Lunatic asylums Madras 1877-1891 - 1877-1891
Year: 1877
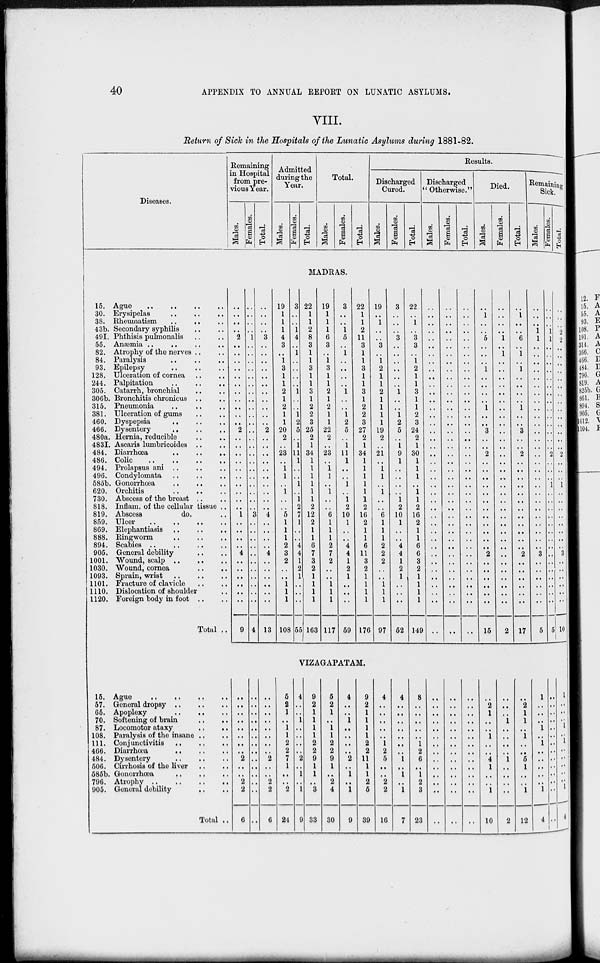
40
APPENDIX TO ANNUAL REPORT ON LUNATIC ASYLUMS.
VIII.
Return of Sick in the Hospitals of the Lunatic Asylums during 1881-82.
Diseases.
Remaining
in Hospital
from pre-
vious Year.
Males.
Females.
Total.
Admitted
during the
Year.
Males.
Females.
Total.
Total.
Males.
Females.
Total.
Results.
Discharged
Cured.
Males.
Females.
Total.
Discharged
" Otherwise."
Males.
Females.
Total.
Died.
Males.
Females.
Total.
Remaining
Sick.
Males.
Females.
Total.
MADRAS.
15. Ague
..
..
..
..
30. Erysipelas
..
..
..
38. Rheumatism .. .. ..
43b. Secondary syphilis .. ..
49I. Phthisis pulmonalis .. ..
55. Anæmia .. .. .. ..
82. Atrophy of the nerves .. ..
84. Paralysis .. .. ..
93. Epilepsy .. .. ..
128. Ulceration of cornea .. ..
244. Palpitation
..
..
..
305. Catarrh, bronchial .. ..
306b. Bronchitis chronicus
..
..
315. Pneumonia .. .. ..
381. Ulceration of gums .. ..
460. Dyspepsia
..
..
..
466. Dysentery
..
..
..
480a. Hernia, reducible .. ..
483I. Ascaris lumbricoides .. ..
484. Diarrhœa
..
..
..
486. Colic
..
..
..
..
494. Prolapsus ani
..
..
..
496. Condylomata .. .. ..
585b. Gonorrhœa
..
..
..
620. Orchitis
..
..
..
730. Abscess of the breast .. ..
818. Inflam. of the cellular tissue ..
819. Abscess
do. ..
859. Ulcer
..
..
..
..
869. Elephantiasis
..
..
..
888. Ringworm
..
..
..
894. Scabies
..
..
..
..
905. General debility .. ..
1001. Wound, scalp
..
..
..
1030. Wound, cornea
..
..
1093. Sprain, wrist
..
..
..
1101. Fracture of clavicle .. ..
1110. Dislocation of shoulder ..
1120. Foreign body in foot .. ..
Total ..
..
..
..
..
2
..
..
..
..
..
..
..
..
..
..
..
2
..
..
..
..
..
..
..
..
..
..
1
..
..
..
..
4
..
..
..
..
..
..
9
..
..
..
..
1
..
..
..
..
..
..
..
..
..
..
..
..
..
..
..
..
..
..
..
..
..
..
3
..
..
..
..
..
..
..
..
..
..
..
4
..
..
..
..
3
..
..
..
..
..
..
..
..
..
..
..
2
..
..
..
..
..
..
..
..
..
..
4
..
..
..
..
4
..
..
..
..
..
..
13
19
1
1
1
4
3
..
1
3
1
1
2
1
2
1
1
20
2
..
23
..
1
1
..
1
..
..
5
1
1
1
2
3
2
..
..
1
1
1
108
3
..
..
1
4
..
1
..
..
..
..
1
..
..
1
2
5
..
1
11
1
..
..
1
..
1
2
7
1
..
..
4
4
1
2
1
..
..
..
55
22
1
1
2
8
3
1
1
3
1
1
3
1
2
2
3
25
2
1
34
1
1
1
1
1
1
2
2
2
1
1
6
7
3
2
1
1
1
1
163
19
1
1
1
6
3
..
1
3
1
1
2
1
2
1
1
22
2
..
23
..
1
1
..
1
..
..
6
1
1
1
2
7
2
..
..
1
1
1
117
3
..
..
1
5
..
1
..
..
..
..
1
..
..
1
2
5
..
1
11
1
..
..
1
..
1
2
10
1
..
..
4
4
1
2
1
..
..
..
59
22
1
1
2
11
3
1
1
3
1
1
3
1
2
2
3
27
2
1
34
1
1
1
1
1
1
2
16
2
1
1
6
11
3
2
1
1
1
1
176
19
..
1
..
..
3
..
1
2
1
1
2
1
1
1
1
19
2
..
21
..
1
1
..
1
..
..
6
1
1
1
2
2
2
..
..
1
1
1
97
3
..
..
..
3
..
..
..
..
..
..
1
..
..
1
2
5
..
1
9
1
..
..
..
..
1
2
10
1
..
..
4
4
1
2
1
..
..
..
52
22
..
1
..
3
3
..
1
2
1
1
3
1
1
2
3
24
2
1
30
1
1
1
..
1
1
2
16
2
1
1
6
6
3
2
1
1
1
1
149
..
..
..
..
..
..
..
..
..
..
..
..
..
..
..
..
..
..
..
..
..
..
..
..
..
..
..
..
..
..
..
..
..
..
..
..
..
..
..
..
..
..
..
..
..
..
..
..
..
..
..
..
..
..
..
..
..
..
..
..
..
..
..
..
..
..
..
..
..
..
..
..
..
..
..
..
..
..
..
..
..
..
..
..
..
..
..
..
..
..
..
..
..
..
..
..
..
..
..
..
..
..
..
..
..
..
..
..
..
..
..
..
..
..
..
..
..
..
..
..
..
1
..
..
5
..
..
..
1
..
..
..
..
1
..
..
3
..
..
2
..
..
..
..
..
..
..
..
..
..
..
..
2
..
..
..
..
..
..
15
..
..
..
..
1
..
1
..
..
..
..
..
..
..
..
..
..
..
..
..
..
..
..
..
..
..
..
..
..
..
..
..
..
..
..
..
..
..
..
2
..
1
..
..
6
..
1
..
1
..
..
..
..
1
..
..
3
..
..
2
..
..
..
..
..
..
..
..
..
..
..
..
2
..
..
..
..
..
..
17
..
..
..
1
1
..
..
..
..
..
..
..
..
..
..
..
..
..
..
..
..
..
..
..
..
..
..
..
..
..
..
..
3
..
..
..
..
..
..
5
..
..
..
1
1
..
..
..
..
..
..
..
..
..
..
..
..
..
..
2
..
..
..
1
..
..
..
..
..
..
..
..
..
..
..
..
..
..
..
5
..
..
..
2
2
..
..
..
..
..
..
..
..
..
..
..
..
..
..
2
..
..
..
1
..
..
..
..
..
..
..
..
3
..
..
..
..
..
..
10
VIZAGAPATAM.
15. Ague
..
..
..
..
57. General dropsy
..
..
..
65. Apoplexy
..
..
..
70. Softening of brain .. ..
87. Locomotor ataxy
..
..
108. Paralysis of the insane .. ..
111. Conjunctivitis
..
..
..
466. Diarrhœa
..
..
..
484. Dysentery
..
..
..
506. Cirrhosis of the liver .. ..
685b. Gonorrhœa .. .. ..
796. Atrophy
..
..
..
..
905. General debility
.. ..
Total ..
..
..
..
..
..
..
..
..
2
..
..
2
2
6
..
..
..
..
..
..
..
..
..
..
..
..
..
..
..
..
..
..
..
..
..
..
2
..
..
2
2
6
5
2
1
..
1
1
2
2
7
1
..
..
2
24
4
..
..
1
..
..
..
..
2
..
1
..
1
9
9
2
1
1
1
1
2
2
9
1
1
..
3
33
5
2
1
..
1
1
2
2
9
1
..
2
4
30
4
..
..
1
..
..
..
..
2
..
1
..
1
9
9
2
1
1
1
1
2
2
11
1
1
2
5
39
4
..
..
..
..
..
1
2
5
..
..
2
2
16
4
..
..
..
..
..
..
..
1
..
1
..
1
7
8
..
..
..
..
..
1
2
6
..
1
2
3
23
..
..
..
..
..
..
..
..
..
..
..
..
..
..
..
..
..
..
..
..
..
..
..
..
..
..
..
..
..
..
..
..
..
..
..
..
..
..
..
..
..
..
..
2
1
..
..
1
..
..
4
1
..
..
1
10
..
..
..
1
..
..
..
..
1
..
..
..
..
2
..
2
1
1
..
1
..
..
5
1
..
..
1
12
1
..
..
..
1
..
1
..
..
..
..
..
1
4
..
..
..
..
..
..
..
..
..
..
..
..
..
..
1
..
..
..
1
..
1
..
..
..
..
..
..
4